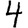
Digit: 4